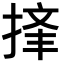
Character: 𪮉